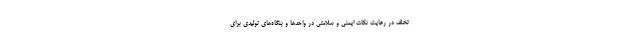
تخلف در رعایت نکات ایمنی و سلامتی در واحدها و بنگاه‌های تولیدی برای